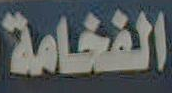
الفخامة